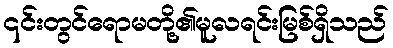
၎င်းတွင်ရောမတို့၏မူလရင်းမြစ်ရှိသည်